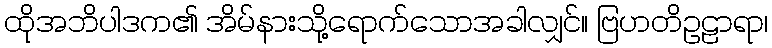
ထိုအဘိပါဒက၏ အိမ်နားသို့ရောက်သောအခါလျှင်။ ဗြဟတိဥဠာရာ၊